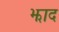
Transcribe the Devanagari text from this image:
झाद